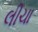
લીચા